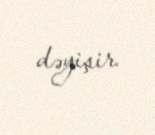
dəyişir.